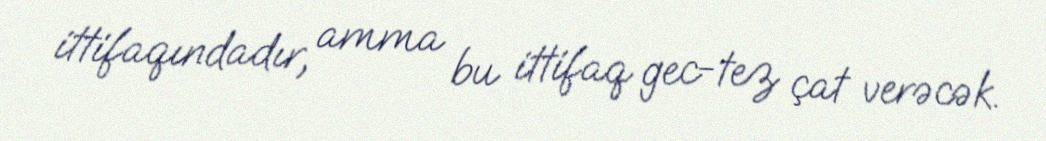
ittifaqındadır, amma bu ittifaq gec-tez çat verəcək.